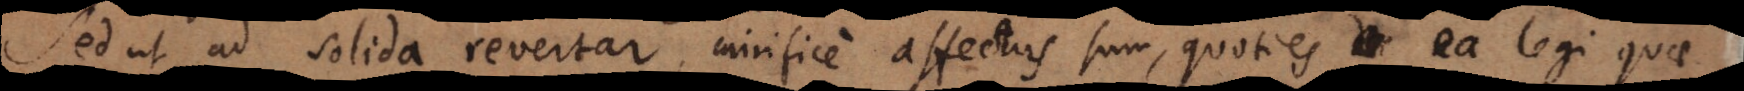
Sed ut ad solida revertar, mirifice affectus sum, quoties ea legi quae